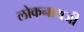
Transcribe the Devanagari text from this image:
लोकनाथजी